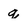
Character: q